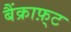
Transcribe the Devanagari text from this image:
बैंक्राफ़्ट